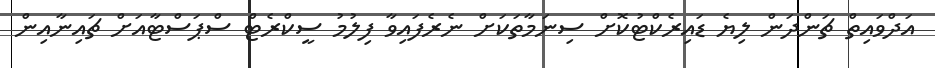
އަދްވައިތް ޗަންދަން ލިޔެ ޑައިރެކްޓުކޮށް ސިނަމާތަކަށް ނެރެފައިވާ ފިލުމު ސީކްރެޓް ސްޕަސްޓާއަށް ޗައިނާއިން